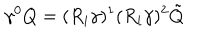
\gamma ^ { 0 } Q = ( R _ { i } \gamma ) ^ { 1 } ( R _ { i } \gamma ) ^ { 2 } \tilde { Q }